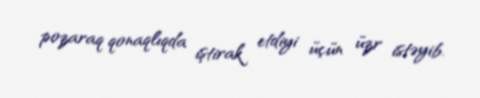
pozaraq qonaqlıqda iştirak etdiyi üçün üzr istəyib.